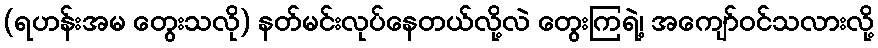
(ရဟန်းအမ တွေးသလို) နတ်မင်းလုပ်နေတယ်လို့လဲ တွေးကြရဲ့၊ အကျော်ဝင်သလားလို့